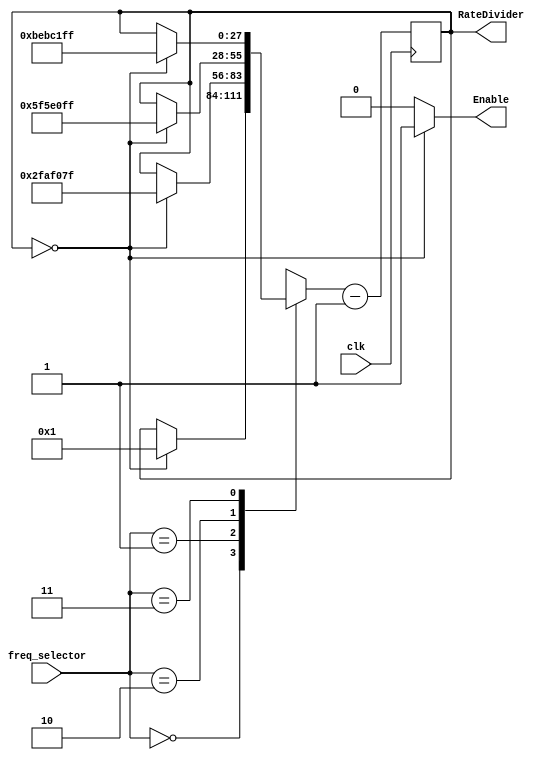
module new_rate(Enable, RateDivider, freq_selector, clk);
	input [1:0] freq_selector;
	input clk;
	output reg [27:0] RateDivider;
	output Enable;
	assign Enable = (RateDivider == 0) ? 1 : 0;

	always @(posedge clk)
	begin
	// find which freq is needed
	// 00: normal clock speed, 50m cycles/second
	// 01: 1 cycle/second
	// 10: 1 cycle/2 seconds
	// 11: 1 cycle/4 seconds
		case (freq_selector)
			2'b00:
			begin
				if(RateDivider == 28'd0) 
					RateDivider = 28'd1;
			end
			2'b01:
			begin
				if(RateDivider == 28'd0) 
					RateDivider = 28'd49999999;
			end
			2'b10: 
			begin
				if(RateDivider == 28'd0) 
					RateDivider = 28'd99999999;
			end
			2'b11: 
			begin
				if(RateDivider == 28'd0) 
					RateDivider = 28'd199999999;
			end
		endcase
		RateDivider = RateDivider - 28'd1;
	end
	
	
endmodule

module reg_counter(DisplayCounter, SW, HEX0, CLOCK_50);
	input CLOCK_50;
	input [17:15] SW; // 17 = clear_b, 16/15 = freq_selector
	output [6:0] HEX0;
	output reg [3:0] DisplayCounter;
	// max RateDivider should be is log2(200 000 000) = 28 bits rounded up (for .25Hz)
	wire [27:0] RateDivider;
	wire Enable;
	// Enable is the clock for changing hex display
	// RateDivider is the counter that counts from max to 0
	
	new_rate clk(.Enable(Enable), .RateDivider(RateDivider), .freq_selector(SW[16:15]), .clk(CLOCK_50));
	
	always @(posedge CLOCK_50, negedge SW[17])
	begin
		if (SW[17] == 1'b0) // reset display when clear is 0 or when display is maxed
			DisplayCounter <= 0;
		else if (DisplayCounter == 4'b1111)
			DisplayCounter <= 0;
		else if (Enable == 1'b1)
			DisplayCounter <= DisplayCounter + 1'b1; // increment when Enable is 1
	end
	
	hex_display hex(.IN(DisplayCounter), .OUT(HEX0));
endmodule

module hex_display(IN, OUT);
    input [3:0] IN;
	 output reg [6:0] OUT;
	 
	 always @(*)
	 begin
		case(IN[3:0])
			4'b0000: OUT = 7'b1000000;
			4'b0001: OUT = 7'b1111001;
			4'b0010: OUT = 7'b0100100;
			4'b0011: OUT = 7'b0110000;
			4'b0100: OUT = 7'b0011001;
			4'b0101: OUT = 7'b0010010;
			4'b0110: OUT = 7'b0000010;
			4'b0111: OUT = 7'b1111000;
			4'b1000: OUT = 7'b0000000;
			4'b1001: OUT = 7'b0011000;
			4'b1010: OUT = 7'b0001000;
			4'b1011: OUT = 7'b0000011;
			4'b1100: OUT = 7'b1000110;
			4'b1101: OUT = 7'b0100001;
			4'b1110: OUT = 7'b0000110;
			4'b1111: OUT = 7'b0001110;
			
			default: OUT = 7'b0111111;
		endcase

	end
endmodule